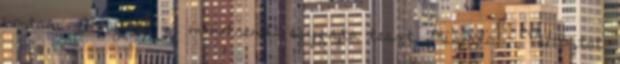
bontani. Hétfőtől új menetrend: egyfajta teszt Miskolc – Változtat